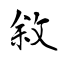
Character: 敘